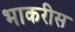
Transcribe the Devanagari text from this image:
भाकरीस